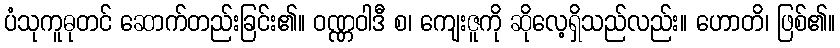
ပံသုကူဓုတင် ဆောက်တည်းခြင်း၏။ ဝဏ္ဏဝါဒီ စ၊ ကျေးဇူကို ဆိုလေ့ရှိသည်လည်း။ ဟောတိ၊ ဖြစ်၏။